Report of the Indian Hemp Drugs Commission, 1894-1895 - Volume VI
Year: 1894
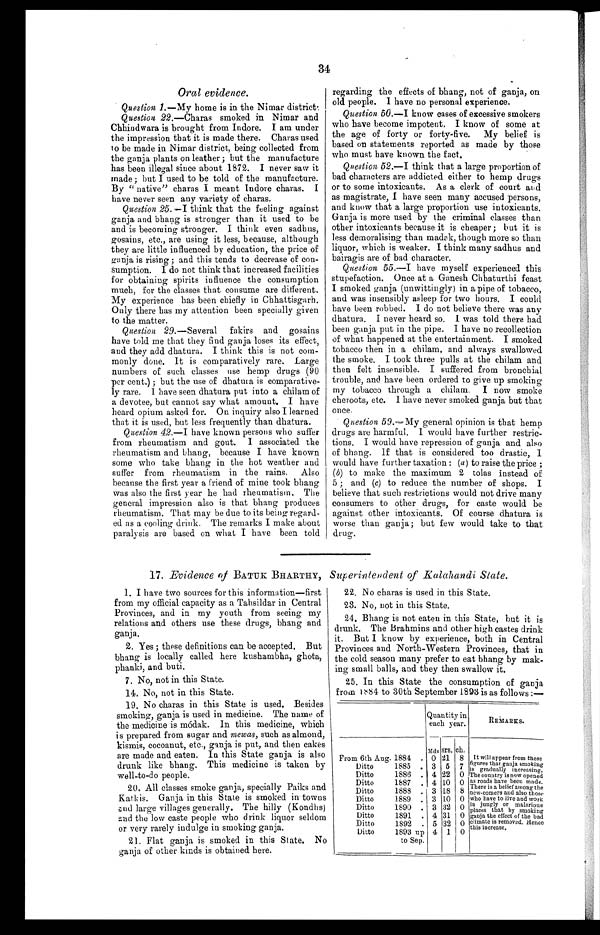
34
Oral evidence.
Question 1.—My home is in the Nimar district.
Question 22 .—Charas smoked in Nimar and
Chhindwara is brought from Indore. I am under
the impression that it is made there. Charas used
to be made in Nimar district, being collected from
the ganja plants on leather ; but the manufacture
has been illegal since about 1872. I never saw it
made; hut I used to be told of the manufacture.
By " native" charas I meant Indore charas. I
have never seen any variety of charas.
Question 25. —I think that the feeling against
ganja and bhang is stronger than it used to be
and is becoming stronger. I think even sadhus,
gosains, etc., are using it less, because, although
they are little influenced by education, the price of
ganja is rising ; and this tends to decrease of con-
sumption. I do not think that increased facilities
for obtaining spirits influence the consumption
much, for the classes that consume are different.
My experience has been chiefly in Chhattisgarh.
Only there has my attention been specially given
to the matter.
Question 29.—Several fakirs and gosains
have told me that they find ganja loses its effect,
and they add dhatura. I think this is not com-
monly done. It is comparatively rare. Large
numbers of such classes use hemp drugs (90
per cent.) ; but the use of dhatura is comparative-
ly rare. I have seen dhatura put into a chilam of
a devotee, but cannot say what amount. I have
heard opium asked for. On inquiry also I learned
that it is used, but less frequently than dhatura.
Question 42.—I have known persons who suffer
from rheumatism and gout. I associated the
rheumatism and bhang, because I have known
some who take bhang in the hot weather and
suffer from rheumatism in the rains. Also
because the first year a friend of mine took bhang
was also the first year he had rheumatism. The
general impression also is that bhang produces
rheumatism. That may be due to its being regard-
ed as a cooling drink. The remarks I make about
paralysis are based on what I have been told
regarding the effects of bhang, not of ganja, on
old people. I have no personal experience.
Question 50.—I know cases of excessive smokers
who have become impotent, I know of some at
the age of forty or forty-five. My belief is
based on statements reported as made by those
who must have known the fact.
Question 52.—I think that a large proportion of
bad characters are addicted either to hemp drugs
or to some intoxicants. As a clerk of court and
as magistrate, I have seen many accused persons,
and know that a large proportion use intoxicants.
Ganja is more used by the criminal classes than
other intoxicants because it is cheaper ; but it is
less demoralising than madak, though more so than
liquor, which is weaker. I think many sadhus and
bairagis are of bad character.
Question 55.—I have myself experienced this
stupefaction. Once at a Ganesh Chhaturthi feast
I smoked ganja (unwittingly) in a pipe of tobacco,
and was insensibly asleep for two hours. I could
have been robbed. I do not believe there was any
dhatura. I never heard so. I was told there had
been ganja put in the pipe. I have no recollection
of what happened at the entertainment. I smoked
tobacco then in. a chilam, and always swallowed
the smoke. I took three pulls at the chilam and
then felt insensible. I suffered from bronchial
trouble, and have been ordered to give up smoking
my tobacco through a chilam, I now smoke
cheroots, etc. I have never smoked ganja but that
once.
Question 59.—My general opinion is that hemp
drugs are harmful. I would have further restric-
tions. I would have repression of ganja and also
of bhang. If that is considered too drastic, I
would have further taxation : (a) to raise the price ;
(b) to make the maximum 2 toles instead of
5 ; and (c) to reduce the number of shops. I
believe that such restrictions would not drive many
consumers to other drugs, for caste would be
against other intoxicants. Of course dhatura is
worse than ganja; but few would take to that
drug.
17. Evidence of BATUK BHARTHY, Superintendent of Kalahandi State.
1. I have two sources for this information—first
from my official capacity as a Tahsildar in Central
Provinces, and in my youth from seeing my
relations and others use these drugs, bhang and
ganja.
2. Yes ; these definitions can be accepted. But
bhang is locally called here kushambha, ghota,
phanki, and buti.
7. No, not in this State.
14. No, not in this State.
19. No charas in this State is used. Besides
smoking, ganja is used in medicine. The name of
the medicine is módak. In this medicine, which
is prepared from sugar and mewas, such as almond,
kismis, cocoanut, etc., ganja is put, and then cakes
are made and eaten. In this State ganja is also
drunk like bhang. This medicine is taken by
well-to-do people.
20. All classes smoke ganja, specially Paiks and
Katkis. Ganja in this State is smoked in towns
and large villages generally. The hilly (Kondhs)
and t he low caste people who drink liquor seldom
or very rarely indulge in smoking ganja.
21. Flat ganja is smoked in this State. No
ganja of other kinds is obtained here.
22. 22. No charas is used in this State.
23. No, not in this State.
24. Bhang is not eaten in this State, but it is
drunk. The Brahmins and other high castes drink
it. But I know by experience, both in Central
Provinces and North-Western Provinces, that in
the cold season many prefer to eat bhang by mak-
ing small balls, and they then swallow it.
25. In this State the consumption of ganja
from 1884 to 30th September 1893 is as follows :—
Quantity in
each year.
REMARKS.
Mds srs. ch. It will appear from these
figures that ganja smoking
i s gradually increasing.
The country is now opened
as roads have been made.
There is a belief amon g the
new-comers and also
t h o s e wh o h a v e t o l i v e a n d wo r k
in jungly or malarious
places that by smoking
ganja the effect of the bad
c limate is removed. Hence
this increase.
From 6th Aug. 1884
0 21 8
Ditto
1885 . 3 5 ,
7
Ditto
1886 . 4 22 0
Ditto
1887
10
4
0
Ditto
1888 . 3 18 0 8
Ditto
1889
. 3 10 0
Ditto
1890 . 3 32 0
Ditto
1891 . 4 31 0
Ditto
1892 . 5 32 0
Ditto
1893 up
to Sep.
4 1 0